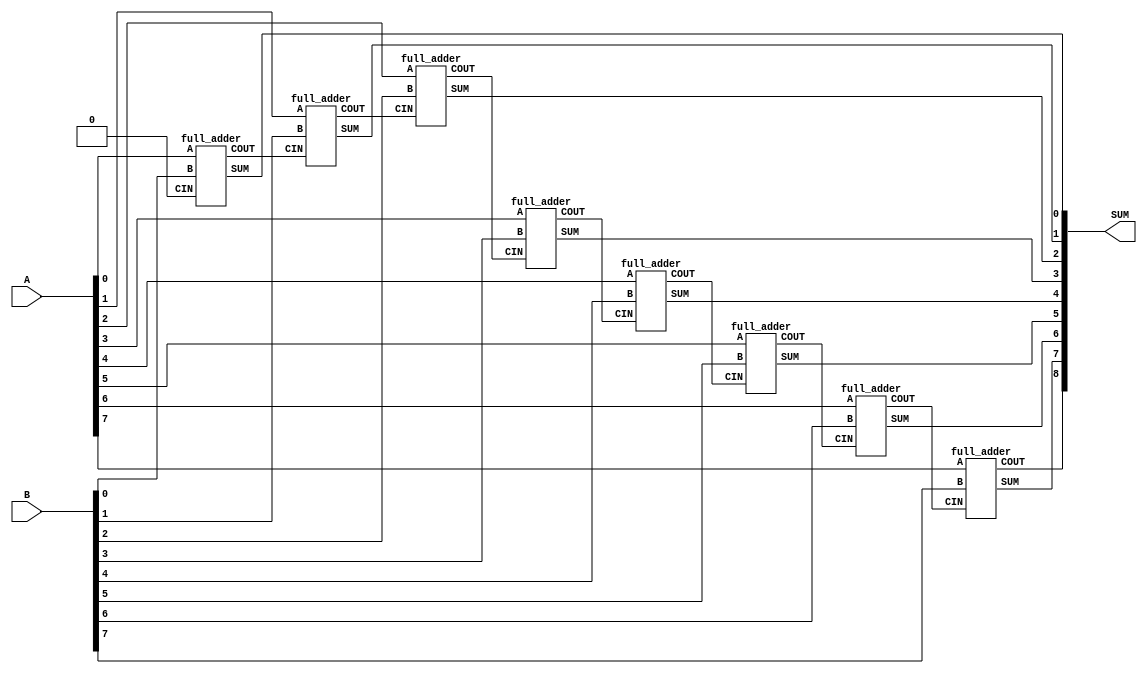
`timescale 1ns / 1ps
//////////////////////////////////////////////////////////////////////////////////
// Company: 
// Engineer: 
// 
// Design Name: 
// Module Name: top_RCA_8BIT
// Project Name: 
// Target Devices: 
// Tool Versions: 
// Description: 
// 
// Dependencies: 
// 
// Revision:
// Revision 0.01 - File Created
// Additional Comments:
// 
//////////////////////////////////////////////////////////////////////////////////

//TOP MODULE
module top_RCA_8BIT(A,B,SUM);

input [7:0] A, B; // 8 BIT INPUTS WHICH ARE TO BE ADDED
output [8:0]SUM; //FINAL SUM
wire [6:0]W;
    full_adder fa11(.A(A[0]),.B(B[0]),.CIN(1'b0),.SUM(SUM[0]),.COUT(W[0]));
    full_adder fa12(.A(A[1]),.B(B[1]),.CIN(W[0]),.SUM(SUM[1]),.COUT(W[1]));
    full_adder fa13(.A(A[2]),.B(B[2]),.CIN(W[1]),.SUM(SUM[2]),.COUT(W[2]));
    full_adder fa14(.A(A[3]),.B(B[3]),.CIN(W[2]),.SUM(SUM[3]),.COUT(W[3]));
    full_adder fa15(.A(A[4]),.B(B[4]),.CIN(W[3]),.SUM(SUM[4]),.COUT(W[4]));
    full_adder fa16(.A(A[5]),.B(B[5]),.CIN(W[4]),.SUM(SUM[5]),.COUT(W[5]));
    full_adder fa17(.A(A[6]),.B(B[6]),.CIN(W[5]),.SUM(SUM[6]),.COUT(W[6]));
    full_adder fa18(.A(A[7]),.B(B[7]),.CIN(W[6]),.SUM(SUM[7]),.COUT(SUM[8]));
endmodule

//CODE FOR FULL ADDER
module full_adder(A,B,CIN,SUM,COUT);
input A, B, CIN; // CIN IS THE INOUT CARRY
output SUM, COUT;
wire [2:0]W;
    half_adder hf1(.A(A), .B(B),.SUM(W[0]),.COUT(W[1]));
    half_adder hf2(.A(W[0]), .B(CIN),.SUM(SUM),.COUT(W[2]));
    or a1(COUT,W[1],W[2]);
endmodule

//CODE FOR HALF ADDER
module half_adder(A,B,SUM,COUT);
input A, B; //INPUTS
output SUM, COUT; //SUM IS THE OUTPUT SUM, COUT IS THE OUTPUT CARRY
    xor x1(SUM,A,B);
    and a1(COUT,A,B);
endmodule